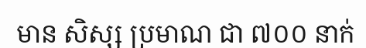
មាន សិស្ស ប្រមាណ ជា ៧០០ នាក់